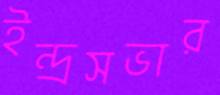
ইন্দ্রসভার